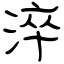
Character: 淬